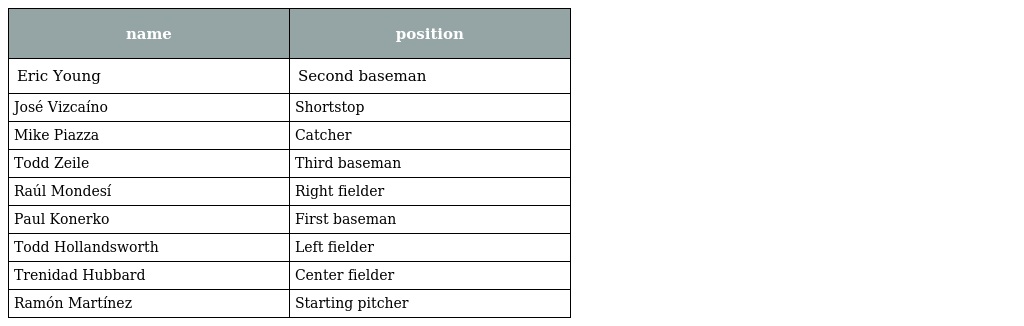
| name | position |
 | --- | --- |
 | Eric Young | Second baseman |
 | José Vizcaíno | Shortstop |
 | Mike Piazza | Catcher |
 | Todd Zeile | Third baseman |
 | Raúl Mondesí | Right fielder |
 | Paul Konerko | First baseman |
 | Todd Hollandsworth | Left fielder |
 | Trenidad Hubbard | Center fielder |
 | Ramón Martínez | Starting pitcher |